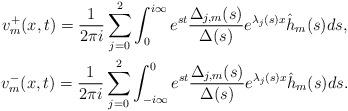
LaTeX: \begin{gather*}v_m^+(x,t)=\frac{1}{2\pi i}\sum_{j=0}^{2}\int_{0}^{i\infty}e^{st}\frac{\Delta_{j,m}(s)}{\Delta(s)}e^{\lambda_j(s)x}\hat{h}_m(s)ds, \\v_m^-(x,t)=\frac{1}{2\pi i}\sum_{j=0}^{2}\int^{0}_{-i\infty}e^{st}\frac{\Delta_{j,m}(s)}{\Delta(s)}e^{\lambda_j(s)x}\hat{h}_m(s)ds.\end{gather*}